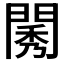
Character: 𨴷